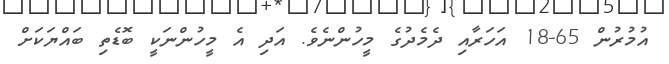
އުމުރުން 65-18 އަހަރާއި ދެމެދުގެ މީހުންނެވެ. އަދި އެ މީހުންނަކީ ބޮޑެތި ބައްޔަކަށް